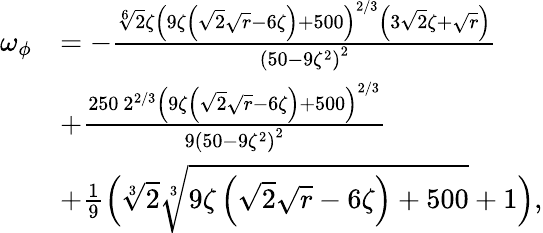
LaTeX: \begin{array}{rl}{\omega_{\phi}}&{=-\frac{\sqrt[6]{2}\zeta\left(9\zeta\left(\sqrt{2}\sqrt{r}-6\zeta\right)+500\right)^{2/3}\left(3\sqrt{2}\zeta+\sqrt{r}\right)}{\left(50-9\zeta^{2}\right)^{2}}}\\ &{+\frac{250\ 2^{2/3}\left(9\zeta\left(\sqrt{2}\sqrt{r}-6\zeta\right)+500\right)^{2/3}}{9\left(50-9\zeta^{2}\right)^{2}}}\\ &{+\frac{1}{9}\Big(\sqrt[3]{2}\sqrt[3]{9\zeta\left(\sqrt{2}\sqrt{r}-6\zeta\right)+500}+1\Big),}\end{array}